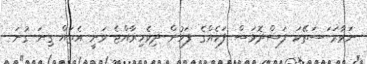
ނަވާރަ ަސަތޭކަ ފަސްދޮޅަސް ފަހެއްގެ ފަހުން ދިވެހިރާއްޖެ ވަނީ އެތައް ގިނަ ގުނަ